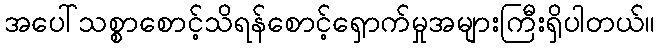
အပေါ်သစ္စာစောင့်သိရန်စောင့်ရှောက်မှုအများကြီးရှိပါတယ်။